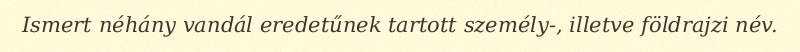
Ismert néhány vandál eredetűnek tartott személy-, illetve földrajzi név.